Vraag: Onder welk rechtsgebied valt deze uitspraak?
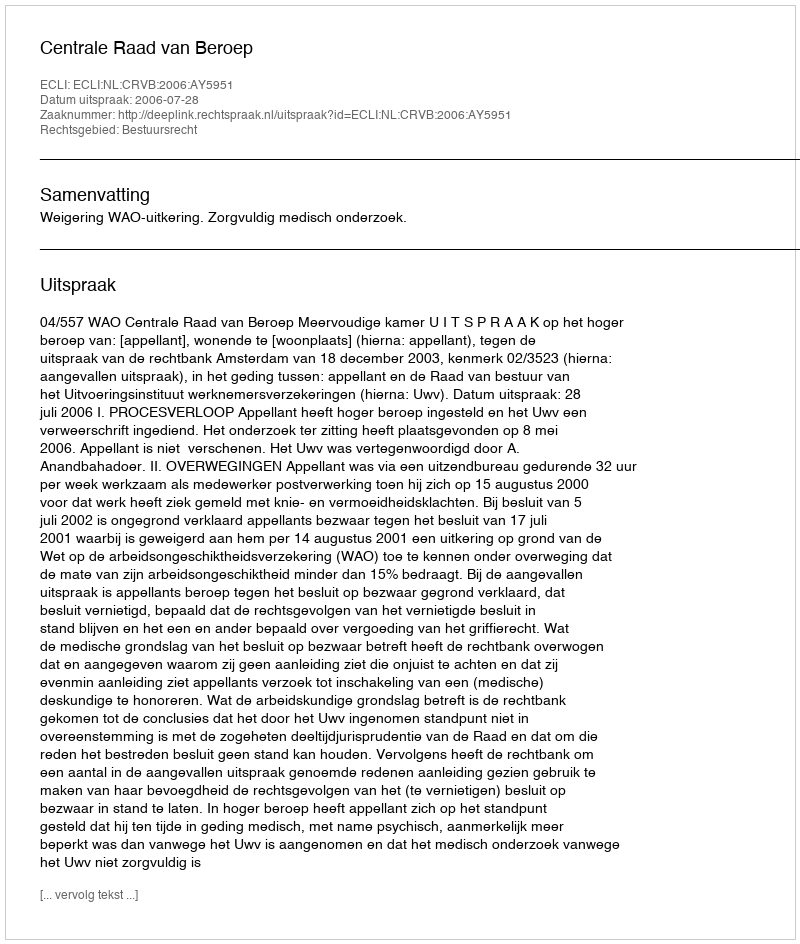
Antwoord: Bestuursrecht